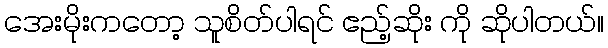
အေးမိုးကတော့ သူစိတ်ပါရင် ဧည့်ဆိုး ကို ဆိုပါတယ်။